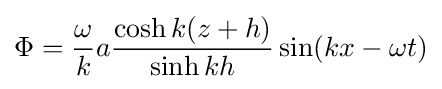
\Phi ={\frac {\omega }{k}}a{\frac {\cosh k(z+h)}{\sinh kh}}\sin(kx-\omega t)